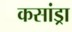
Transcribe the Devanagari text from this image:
कसांड्रा